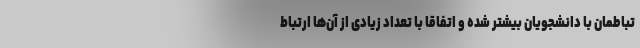
تباطمان با دانشجویان بیشتر شده و اتفاقا با تعداد زیادی از آن‌ها ارتباط